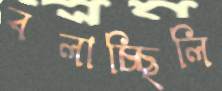
বলাচ্ছিলি